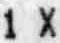
1 X